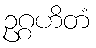
ဥဂ္ဂဟိတံ